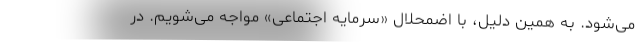
می‌شود. به همین دلیل، با اضمحلال «سرمایه اجتماعی» مواجه می‌شویم. در